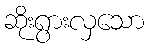
ဆိုးရွားလှသော